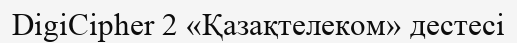
DigiCipher 2 «Қазақтелеком» дестесі